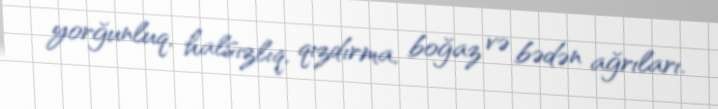
yorğunluq, halsızlıq, qızdırma, boğaz və bədən ağrıları.